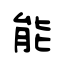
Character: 能